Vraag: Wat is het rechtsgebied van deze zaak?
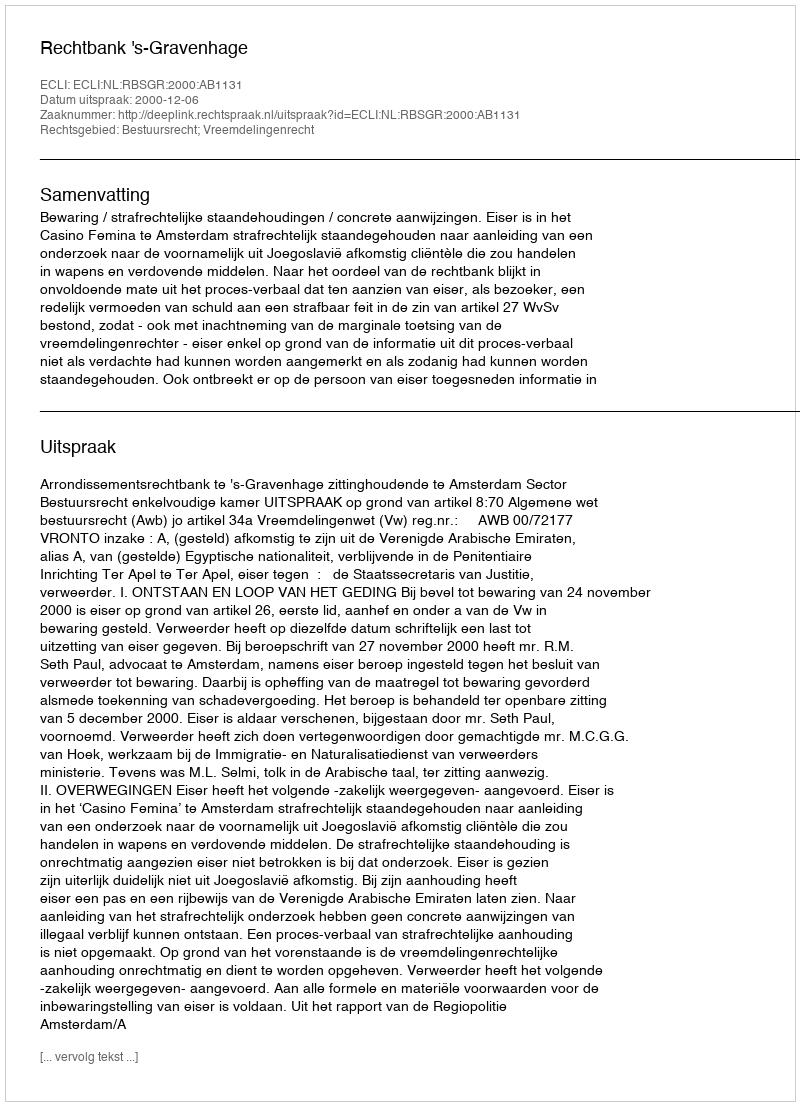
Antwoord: Bestuursrecht; Vreemdelingenrecht